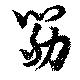
筋